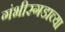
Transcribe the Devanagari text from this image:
गंभीरगडाच्या